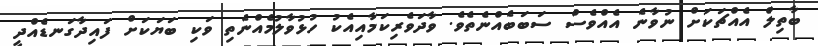
ބާތިލް އެއްޗަކަށް ނުވާނެ އެއްވެސް ސަބަބެއްނެތެވެ. ވާދަވެރިކަމާއިއެކު ހުޅުވާލުމެއްނެތި ވަކި ބަޔަކަށް ފައިދާގަނޑެއްދީ